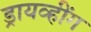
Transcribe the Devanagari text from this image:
ड्रायव्हींग